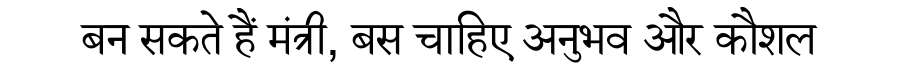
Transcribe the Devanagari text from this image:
बन सकते हैं मंत्री, बस चाहिए अनुभव और कौशल